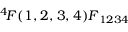
^ { 4 \! } { F } ( { \k _ { 1 } } , { \k _ { 2 } } , { \k _ { 3 } } , { \k _ { 4 } } ) \= { F } _ { 1 2 3 4 }